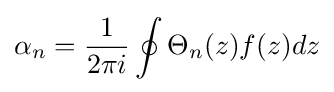
\alpha _{n}={\frac {1}{2\pi i}}\oint \Theta _{n}(z)f(z)dz